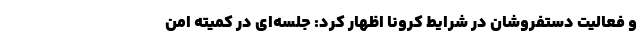
و فعالیت دستفروشان در شرایط کرونا اظهار کرد: جلسه‌ای در کمیته امن